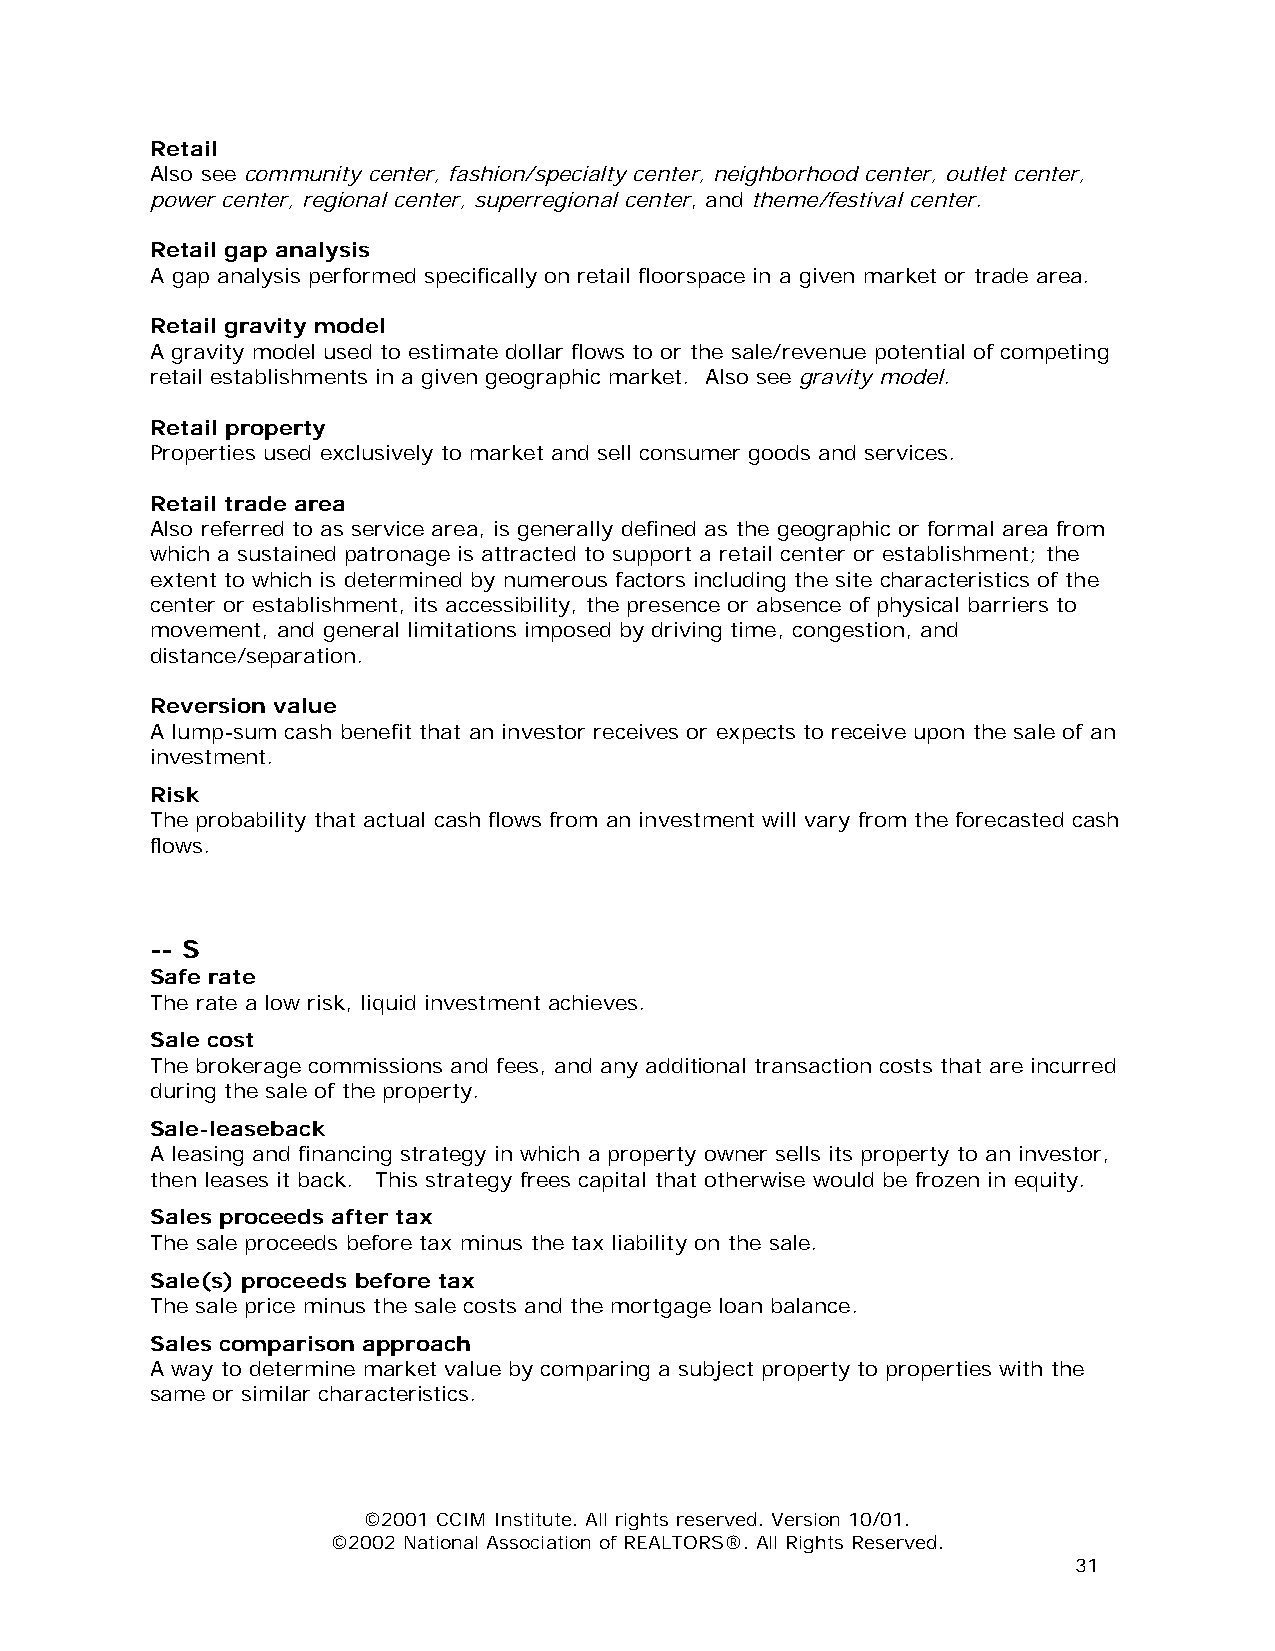
Retail
 Also see community center, fashion/specialty center, neighborhood center, outlet center,
 power center, regional center, superregional center, and theme/festival center.
 Retail gap analysis
 A gap analysis performed specifically on retail floorspace in a given market or trade area.
 Retail gravity model
 A gravity model used to estimate dollar flows to or the sale/revenue potential of competing
 retail establishments in a given geographic market. Also see gravity model.
 Retail property
 Properties used exclusively to market and sell consumer goods and services.
 Retail trade area
 Also referred to as service area, is generally defined as the geographic or formal area from
 which a sustained patronage is attracted to support a retail center or establishment; the
 extent to which is determined by numerous factors including the site characteristics of the
 center or establishment, its accessibility, the presence or absence of physical barriers to
 movement, and general limitations imposed by driving time, congestion, and
 distance/separation.
 Reversion value
 A lump-sum cash benefit that an investor receives or expects to receive upon the sale of an
 investment.
 Risk
 The probability that actual cash flows from an investment will vary from the forecasted cash
 flows.
 -- S
 Safe rate
 The rate a low risk, liquid investment achieves.
 Sale cost
 The brokerage commissions and fees, and any additional transaction costs that are incurred
 during the sale of the property.
 Sale-leaseback
 A leasing and financing strategy in which a property owner sells its property to an investor,
 then leases it back. This strategy frees capital that otherwise would be frozen in equity.
 Sales proceeds after tax
 The sale proceeds before tax minus the tax liability on the sale.
 Sale(s) proceeds before tax
 The sale price minus the sale costs and the mortgage loan balance.
 Sales comparison approach
 A way to determine market value by comparing a subject property to properties with the
 same or similar characteristics.
 ©2001 CCIM Institute. All rights reserved. Version 10/01.
 ©2002 National Association of REALTORS®. All Rights Reserved.
 31